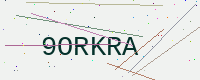
Text: 9ORKRA